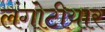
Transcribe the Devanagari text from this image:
लंगोटीयार